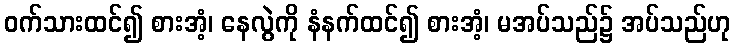
ဝက်သားထင်၍ စားအံ့၊ နေလွဲကို နံနက်ထင်၍ စားအံ့၊ မအပ်သည်၌ အပ်သည်ဟု